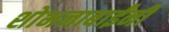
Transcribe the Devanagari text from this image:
शोभनाबाईंनी